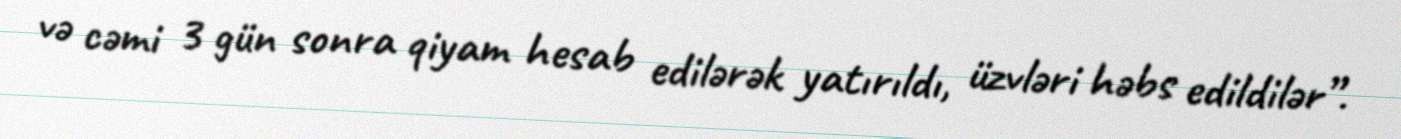
və cəmi 3 gün sonra qiyam hesab edilərək yatırıldı, üzvləri həbs edildilər”.